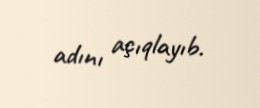
adını açıqlayıb.